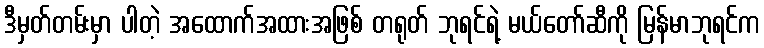
ဒီမှတ်တမ်းမှာ ပါတဲ့ အထောက်အထားအဖြစ် တရုတ် ဘုရင်ရဲ့ မယ်တော်ဆီကို မြန်မာဘုရင်က